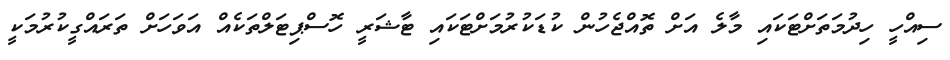
ސިއްހީ ހިދުމަތަށްޓަކައި މާލެ އަށް ތޮއްޖެހުން ކުޑަކުރުމަށްޓަކައި ޓާޝަރީ ހޮސްޕިޓަލްތަކެއް އަވަހަށް ތަރައްގީކުރުމަކީ